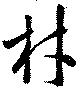
材